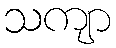
သကျာ